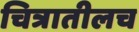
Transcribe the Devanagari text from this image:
चित्रातीलच